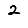
Digit: 2